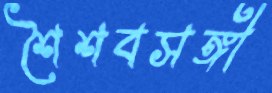
শৈশবসঙ্গী